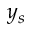
y _ { s }